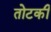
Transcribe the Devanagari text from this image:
तोटकी